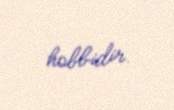
hobbidir.